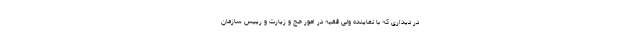
در دیداری که با نماینده ولی فقیه در امور حج و زیارت و رییس سازمان